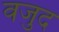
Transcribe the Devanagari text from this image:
वजुद